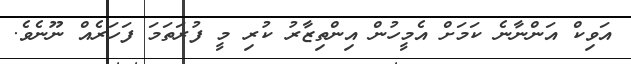
އަވިކް އަންނާނެ ކަމަށް އެމީހުން އިންތިޒާރު ކުރި މީ ފުރަތަމަ ފަހަރެއް ނޫނެވެ.